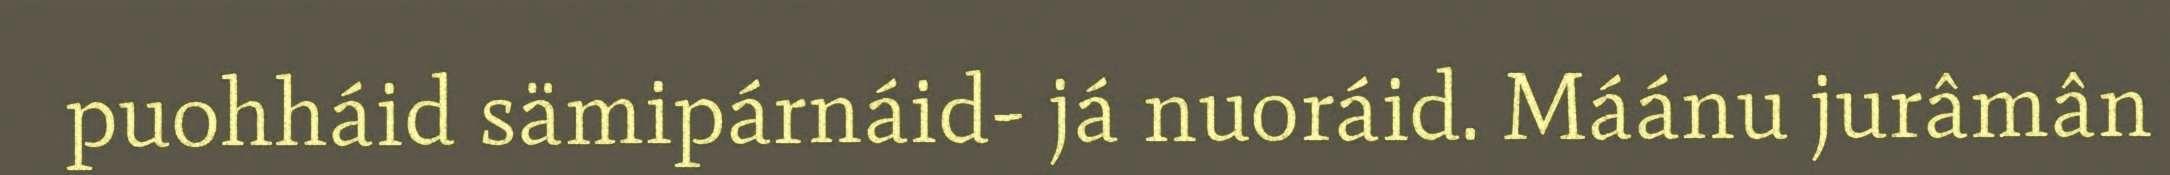
puohháid sämipárnáid- já nuoráid. Máánu jurâmân